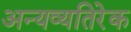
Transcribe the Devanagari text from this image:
अन्यव्यतिरेक